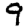
Digit: 9